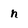
Character: n